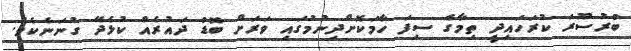
ބުރުސޫރަ ކުރަހައިދީ ތިމާގެ ސިފަ ހާމަކޮށްދިނުމުގައި ވަރަށް ބޮޑު ދައުރެއް ކުޅެދޭ ގުނަނެކެވެ.